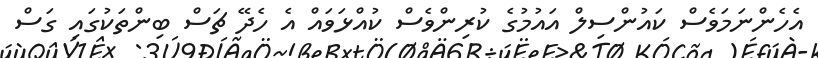
އެހެންނަމަވެސް ކައުންސިލް އައުމުގެ ކުރިންވެސް ކުއްޅަވައް އެ ހެދޭ ޗަސް ބިންތަކުގައި ގަސް